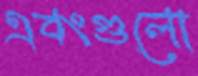
এবংগুলো